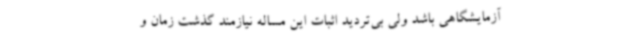
آزمایشگاهی باشد ولی بی‌تردید اثبات این مساله نیازمند گذشت زمان و